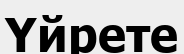
Үйрете